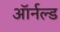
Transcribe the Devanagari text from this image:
ऑर्नल्ड